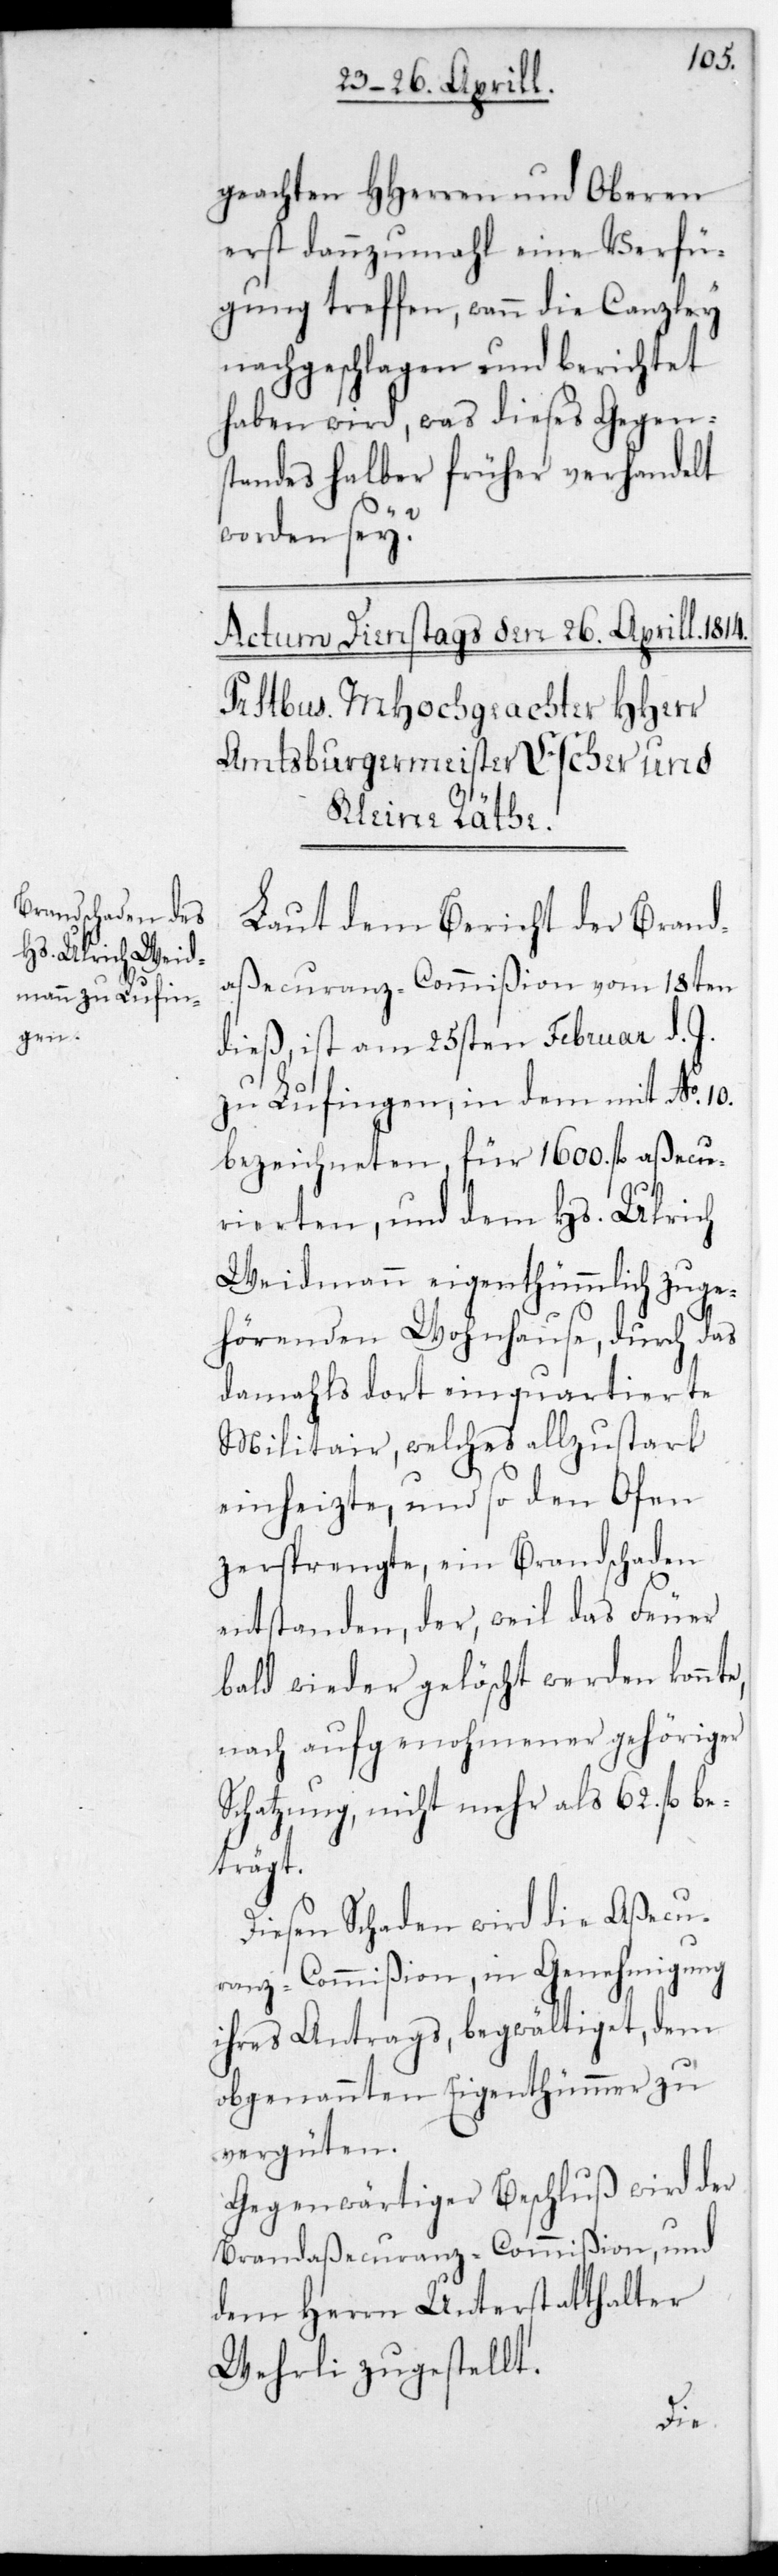
geachten HHerren und Oberen
erst dannzumahl eine Verfü¬
gung treffen, wann die Canzley
nachgeschlagen und berichtet
haben wird, was dieses Gegen¬
standes halber früher verhandelt
worden sei?
Laut dem Bericht der Brand¬
aßecuranz-Commißion vom 18ten
dieß, ist am 25sten Februar d. J.
zu Lufingen, in dem mit No. 10
bezeichneten für 1600. fl. aßecu¬
rierten, und dem Hs. Ulrich
Weidmann eigentümlich zuge¬
hörenden Wohnhause, durch das
damahls dort einquartierte
Militar, welches allzustark
einheizte, und so den Ofen
zersprengte, ein Brandschaden
entstanden, der weil das Feuer
bald wieder gelöscht werden konnte,
nach aufgenohmener gehöriger
Schatzung, nicht mehr als 62. fl. be¬
trägt.
Diesen Schaden wird die Aßecu¬
ranz-Commißion in Genehmigung
ihres Antrags, begwältiget, dem
obgenannten Eigenthümer zu
vergüten.
Gegenwärtiger Beschluß wird der
Brandaßecuranz-Commißion und
dem Herrn Unterstatthalter
Wehrli zugestellt.